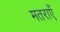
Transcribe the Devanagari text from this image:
मतराएँ